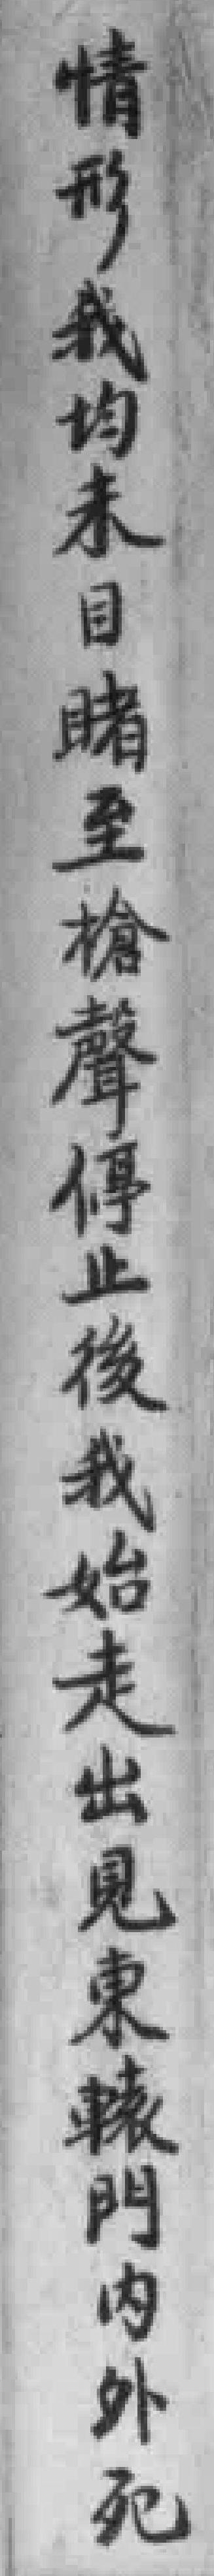
情形我均未目睹至槍聲停止後我始走出見東轅門内外死